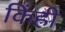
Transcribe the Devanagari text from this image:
किंही